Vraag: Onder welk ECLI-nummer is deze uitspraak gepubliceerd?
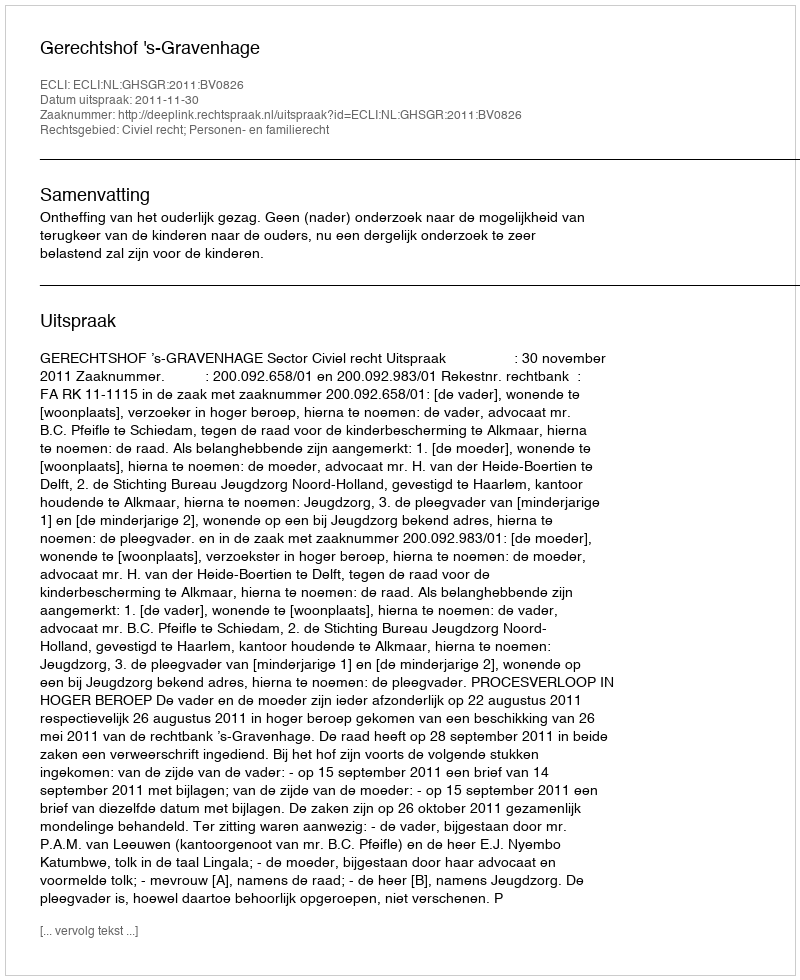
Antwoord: ECLI:NL:GHSGR:2011:BV0826